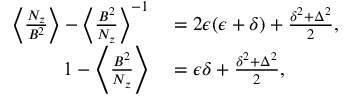
\begin{array} { r l } { \bigg \langle \frac { N _ { z } } { B ^ { 2 } } \bigg \rangle - \bigg \langle \frac { B ^ { 2 } } { N _ { z } } \bigg \rangle ^ { - 1 } } & { { } = 2 \epsilon ( \epsilon + \delta ) + \frac { \delta ^ { 2 } + \Delta ^ { 2 } } { 2 } , } \\ { 1 - \Bigg \langle \frac { B ^ { 2 } } { N _ { z } } \Bigg \rangle } & { { } = \epsilon \delta + \frac { \delta ^ { 2 } + \Delta ^ { 2 } } { 2 } , } \end{array}